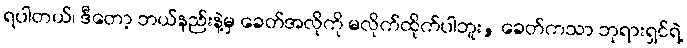
ရပါတယ်၊ ဒီတော့ ဘယ်နည်းနဲ့မှ ခေတ်အလိုကို မလိုက်ထိုက်ပါဘူး, ခေတ်ကသာ ဘုရားရှင်ရဲ့